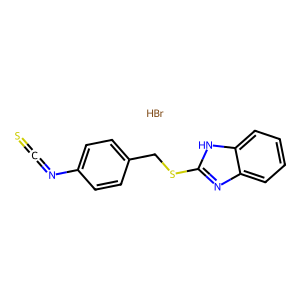
SMILES: Br.S=C=Nc1ccc(CSc2nc3ccccc3[nH]2)cc1
Inhibits HIV replication: No